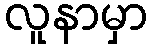
လူနာမှာ